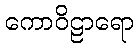
ကောဝိဠာရော